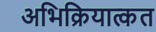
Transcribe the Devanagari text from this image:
अभिक्रियात्कत